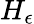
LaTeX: H_{\epsilon}